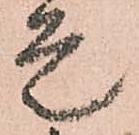
是